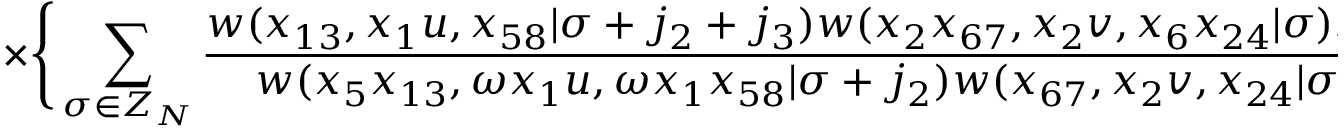
{ } ~ ~ ~ ~ ~ ~ ~ ~ ~ ~ ~ ~ ~ \times \Bigg \{ \sum _ { \sigma \in Z _ { N } } \frac { w ( x _ { 1 3 } , x _ { 1 } u , x _ { 5 8 } | \sigma + j _ { 2 } + j _ { 3 } ) w ( x _ { 2 } x _ { 6 7 } , x _ { 2 } v , x _ { 6 } x _ { 2 4 } | \sigma ) s ( \sigma , j _ { 1 } ) } { w ( x _ { 5 } x _ { 1 3 } , \omega x _ { 1 } u , \omega x _ { 1 } x _ { 5 8 } | \sigma + j _ { 2 } ) w ( x _ { 6 7 } , x _ { 2 } v , x _ { 2 4 } | \sigma + i _ { 3 } ) } \Bigg \} _ { 0 } ~ ~